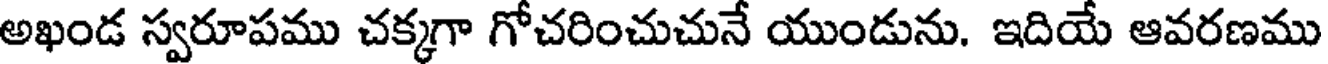
అఖండ స్వరూపము చక్కగా గోచరించుచునే యుండును. ఇదియే ఆవరణము